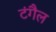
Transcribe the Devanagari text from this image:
टंगैल